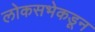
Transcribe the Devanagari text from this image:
लोकसभेकडून